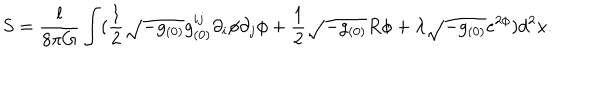
LaTeX: S = \frac { l } { 8 \pi G } \int ( \frac { 1 } { 2 } \sqrt { - g _ { ( 0 ) } } g _ { ( 0 ) } ^ { i j } \partial _ { i } \phi \partial _ { j } \phi + \frac { 1 } { 2 } \sqrt { - g _ { ( 0 ) } } R \phi + \lambda \sqrt { - g _ { ( 0 ) } } e ^ { 2 \phi } ) d ^ { 2 } x .